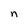
Character: n